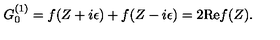
G _ { 0 } ^ { ( 1 ) } = f ( Z + i \epsilon ) + f ( Z - i \epsilon ) = 2 \mathrm { R e } f ( Z ) .